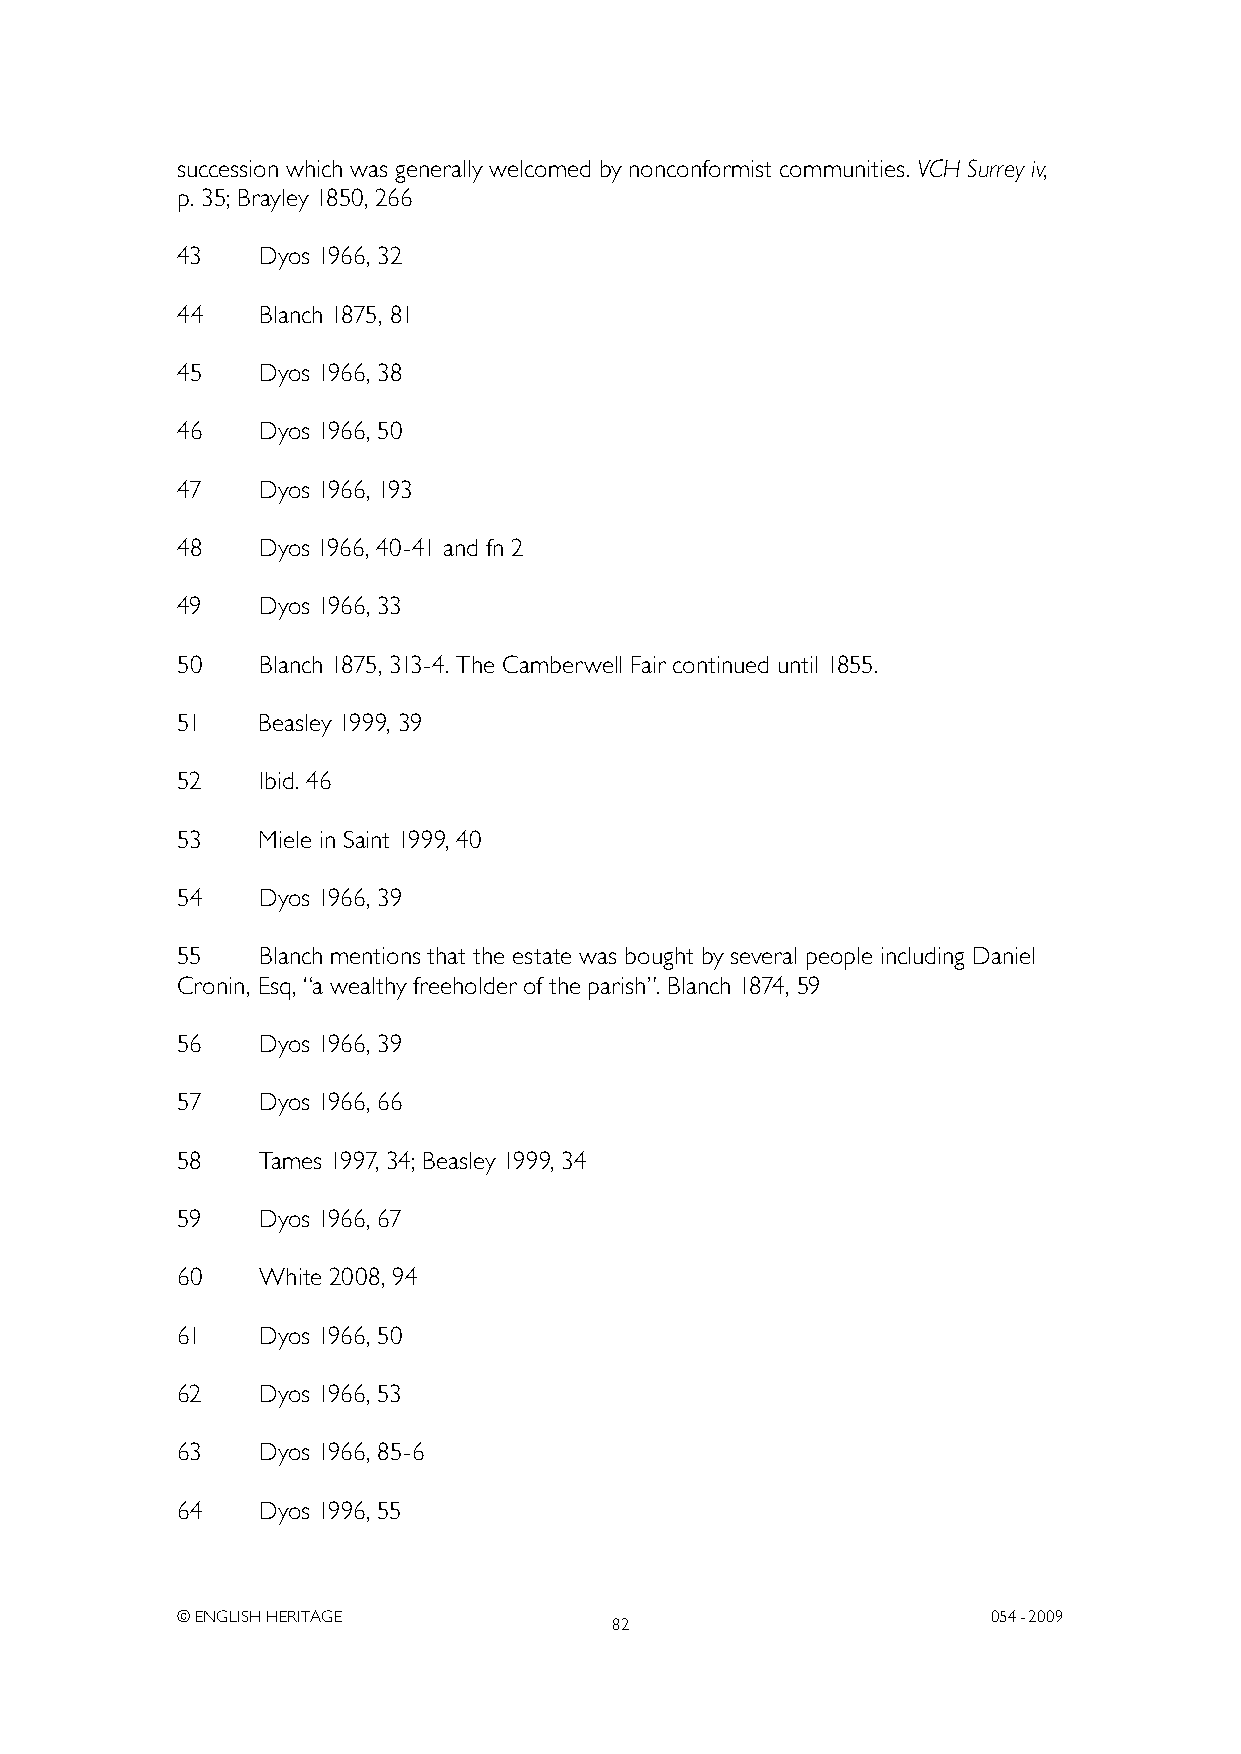
succession which was generally welcomed by nonconformist communities. VCH Surrey iv,
 p. 35; Brayley 1850, 266
 43   Dyos 1966, 32
 44   Blanch 1875, 81
 45   Dyos 1966, 38
 46   Dyos 1966, 50
 47   Dyos 1966, 193
 48   Dyos 1966, 40-41 and fn 2
 49   Dyos 1966, 33
 50   Blanch 1875, 313-4. The Camberwell Fair continued until 1855.
 51   Beasley 1999, 39
 52   Ibid. 46
 53   Miele in Saint 1999, 40
 54   Dyos 1966, 39
 55   Blanch mentions that the estate was bought by several people including Daniel
 Cronin, Esq, “a wealthy freeholder of the parish”. Blanch 1874, 59
 56   Dyos 1966, 39
 57   Dyos 1966, 66
 58   Tames 1997, 34; Beasley 1999, 34
 59   Dyos 1966, 67
 60   White 2008, 94
 61   Dyos 1966, 50
 62   Dyos 1966, 53
 63   Dyos 1966, 85-6
 64   Dyos 1996, 55
 © ENGLISH HERITAGE                                    054- 2009
 82